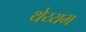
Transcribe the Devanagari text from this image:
थेय्यम